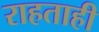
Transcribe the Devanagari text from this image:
राहताही